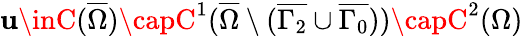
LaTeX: \mathbf{u}\inC(\overline{{{\Omega}}})\capC^{1}(\overline{{{\Omega}}}\setminus(\overline{{{\Gamma_{2}}}}\cup\overline{{{\Gamma_{0}}}}))\capC^{2}(\Omega)